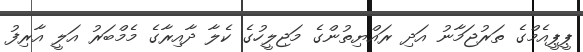
ޕީޕީއެމްގެ ތަރުޖަމާނު އަދި ރައްޔިތުންގެ މަޖިލީހުގެ ކެލާ ދާއިރާގެ މެމްބަރު އަލީ އާރިފު